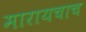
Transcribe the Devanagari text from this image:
मारायचाच